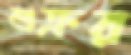
শুক্রর